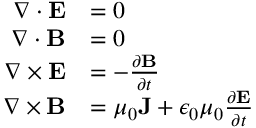
{ \begin{array} { r l } { \nabla \cdot \mathbf { E } } & { = 0 } \\ { \nabla \cdot \mathbf { B } } & { = 0 } \\ { \nabla \times \mathbf { E } } & { = - { \frac { \partial \mathbf { B } } { \partial t } } } \\ { \nabla \times \mathbf { B } } & { = { \boldsymbol { \mu } } _ { 0 } \mathbf { J } + \epsilon _ { 0 } { \boldsymbol { \mu } } _ { 0 } { \frac { \partial \mathbf { E } } { \partial t } } } \end{array} }